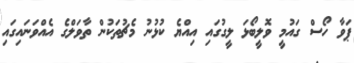
ޕަވާ ހޯސް ގައުމީ ވޮލީބޯޅަ ލީގުގައި އިއްޔެ ކުޅުނު މެޗުތަކުން ތާވަލްގެ އެއްވަނައިގައި